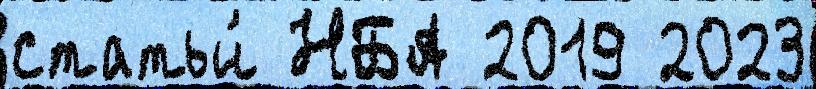
статьи́ НБА 2019 2023